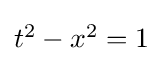
{\textstyle t^{2}-x^{2}=1}